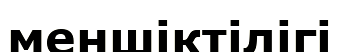
меншіктілігі